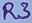
Text: R3